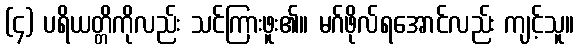
(၄) ပရိယတ္တိကိုလည်း သင်ကြားဖူး၏။ မဂ်ဖိုလ်ရအောင်လည်း ကျင့်သူ။